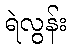
ရဲလွန်း